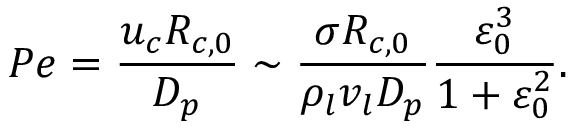
P e = \frac { { { u _ { c } } { R _ { c , 0 } } } } { { { D _ { p } } } } \sim \frac { { \sigma { R _ { c , 0 } } } } { { { \rho _ { l } } { v _ { l } } { D _ { p } } } } \frac { { \varepsilon _ { 0 } ^ { 3 } } } { { 1 + \varepsilon _ { 0 } ^ { 2 } } } .